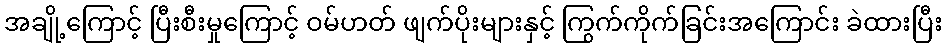
အချို့ကြောင့် ပြီးစီးမှုကြောင့် ဝမ်ဟတ် ဖျက်ပိုးများနှင့် ကြွက်ကိုက်ခြင်းအကြောင်း ခဲထားပြီး